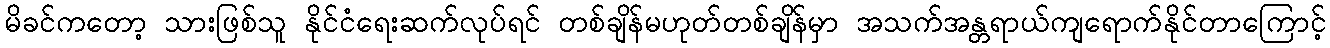
မိခင်ကတော့ သားဖြစ်သူ နိုင်ငံရေးဆက်လုပ်ရင် တစ်ချိန်မဟုတ်တစ်ချိန်မှာ အသက်အန္တရာယ်ကျရောက်နိုင်တာကြောင့်